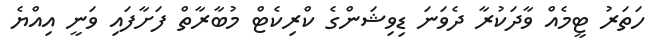
ހަތަރު ޓީމެއް ވާދަކުރާ ދެވަނަ ޑިވިޝަންގެ ކްރިކެޓް މުބާރާތް ފަށާފައި ވަނީ އިއްޔެ